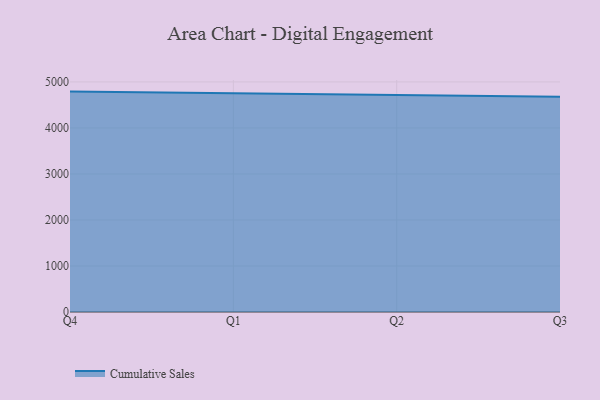
{"axis": {"x": "Quarter", "y": "Page Views"}, "legend": ["Cumulative Sales"], "data": [{"x": "Q4", "y": 4789.9, "type": "Cumulative Sales"}, {"x": "Q1", "y": 4749.0, "type": "Cumulative Sales"}, {"x": "Q2", "y": 4723.6, "type": "Cumulative Sales"}, {"x": "Q3", "y": 4677.2, "type": "Cumulative Sales"}]}